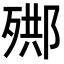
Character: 𣨳